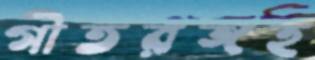
গীতরঙ্গহ